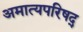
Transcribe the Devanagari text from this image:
अमात्यपरिषद्